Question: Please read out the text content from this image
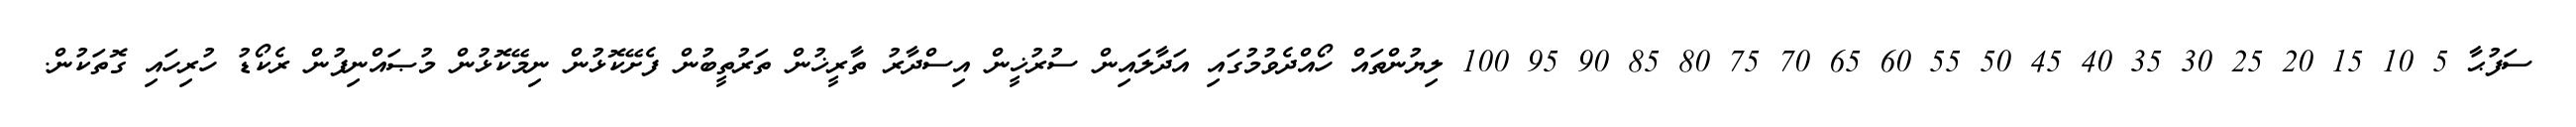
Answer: ސަފުޙާ 5 10 15 20 25 30 35 40 45 50 55 60 65 70 75 80 85 90 95 100 ލިޔުންތައް ހޯއްދެވުމުގައި އަދާލައިން ސުރުޚީން އިސްދާރު ތާރީޚުން ތަރުތީބުން ފެށޭކޮޅުން ނިމޭކޮޅުން މުޞައްނިފުން ރެކޯޑު ހުރިހައި ގޮތަކުން.